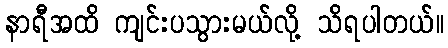
နာရီအထိ ကျင်းပသွားမယ်လို့ သိရပါတယ်။